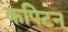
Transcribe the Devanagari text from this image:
कपिटन